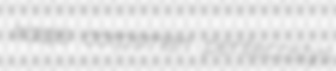
Iraqis corpsmen pentecostys